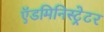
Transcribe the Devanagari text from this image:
ऍडमिनिस्ट्रेटर